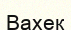
Вахек